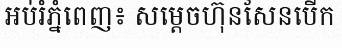
អប់រំភ្នំពេញ៖ សម្តេចហ៊ុនសែនបើក